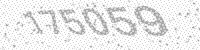
Solution: 175059